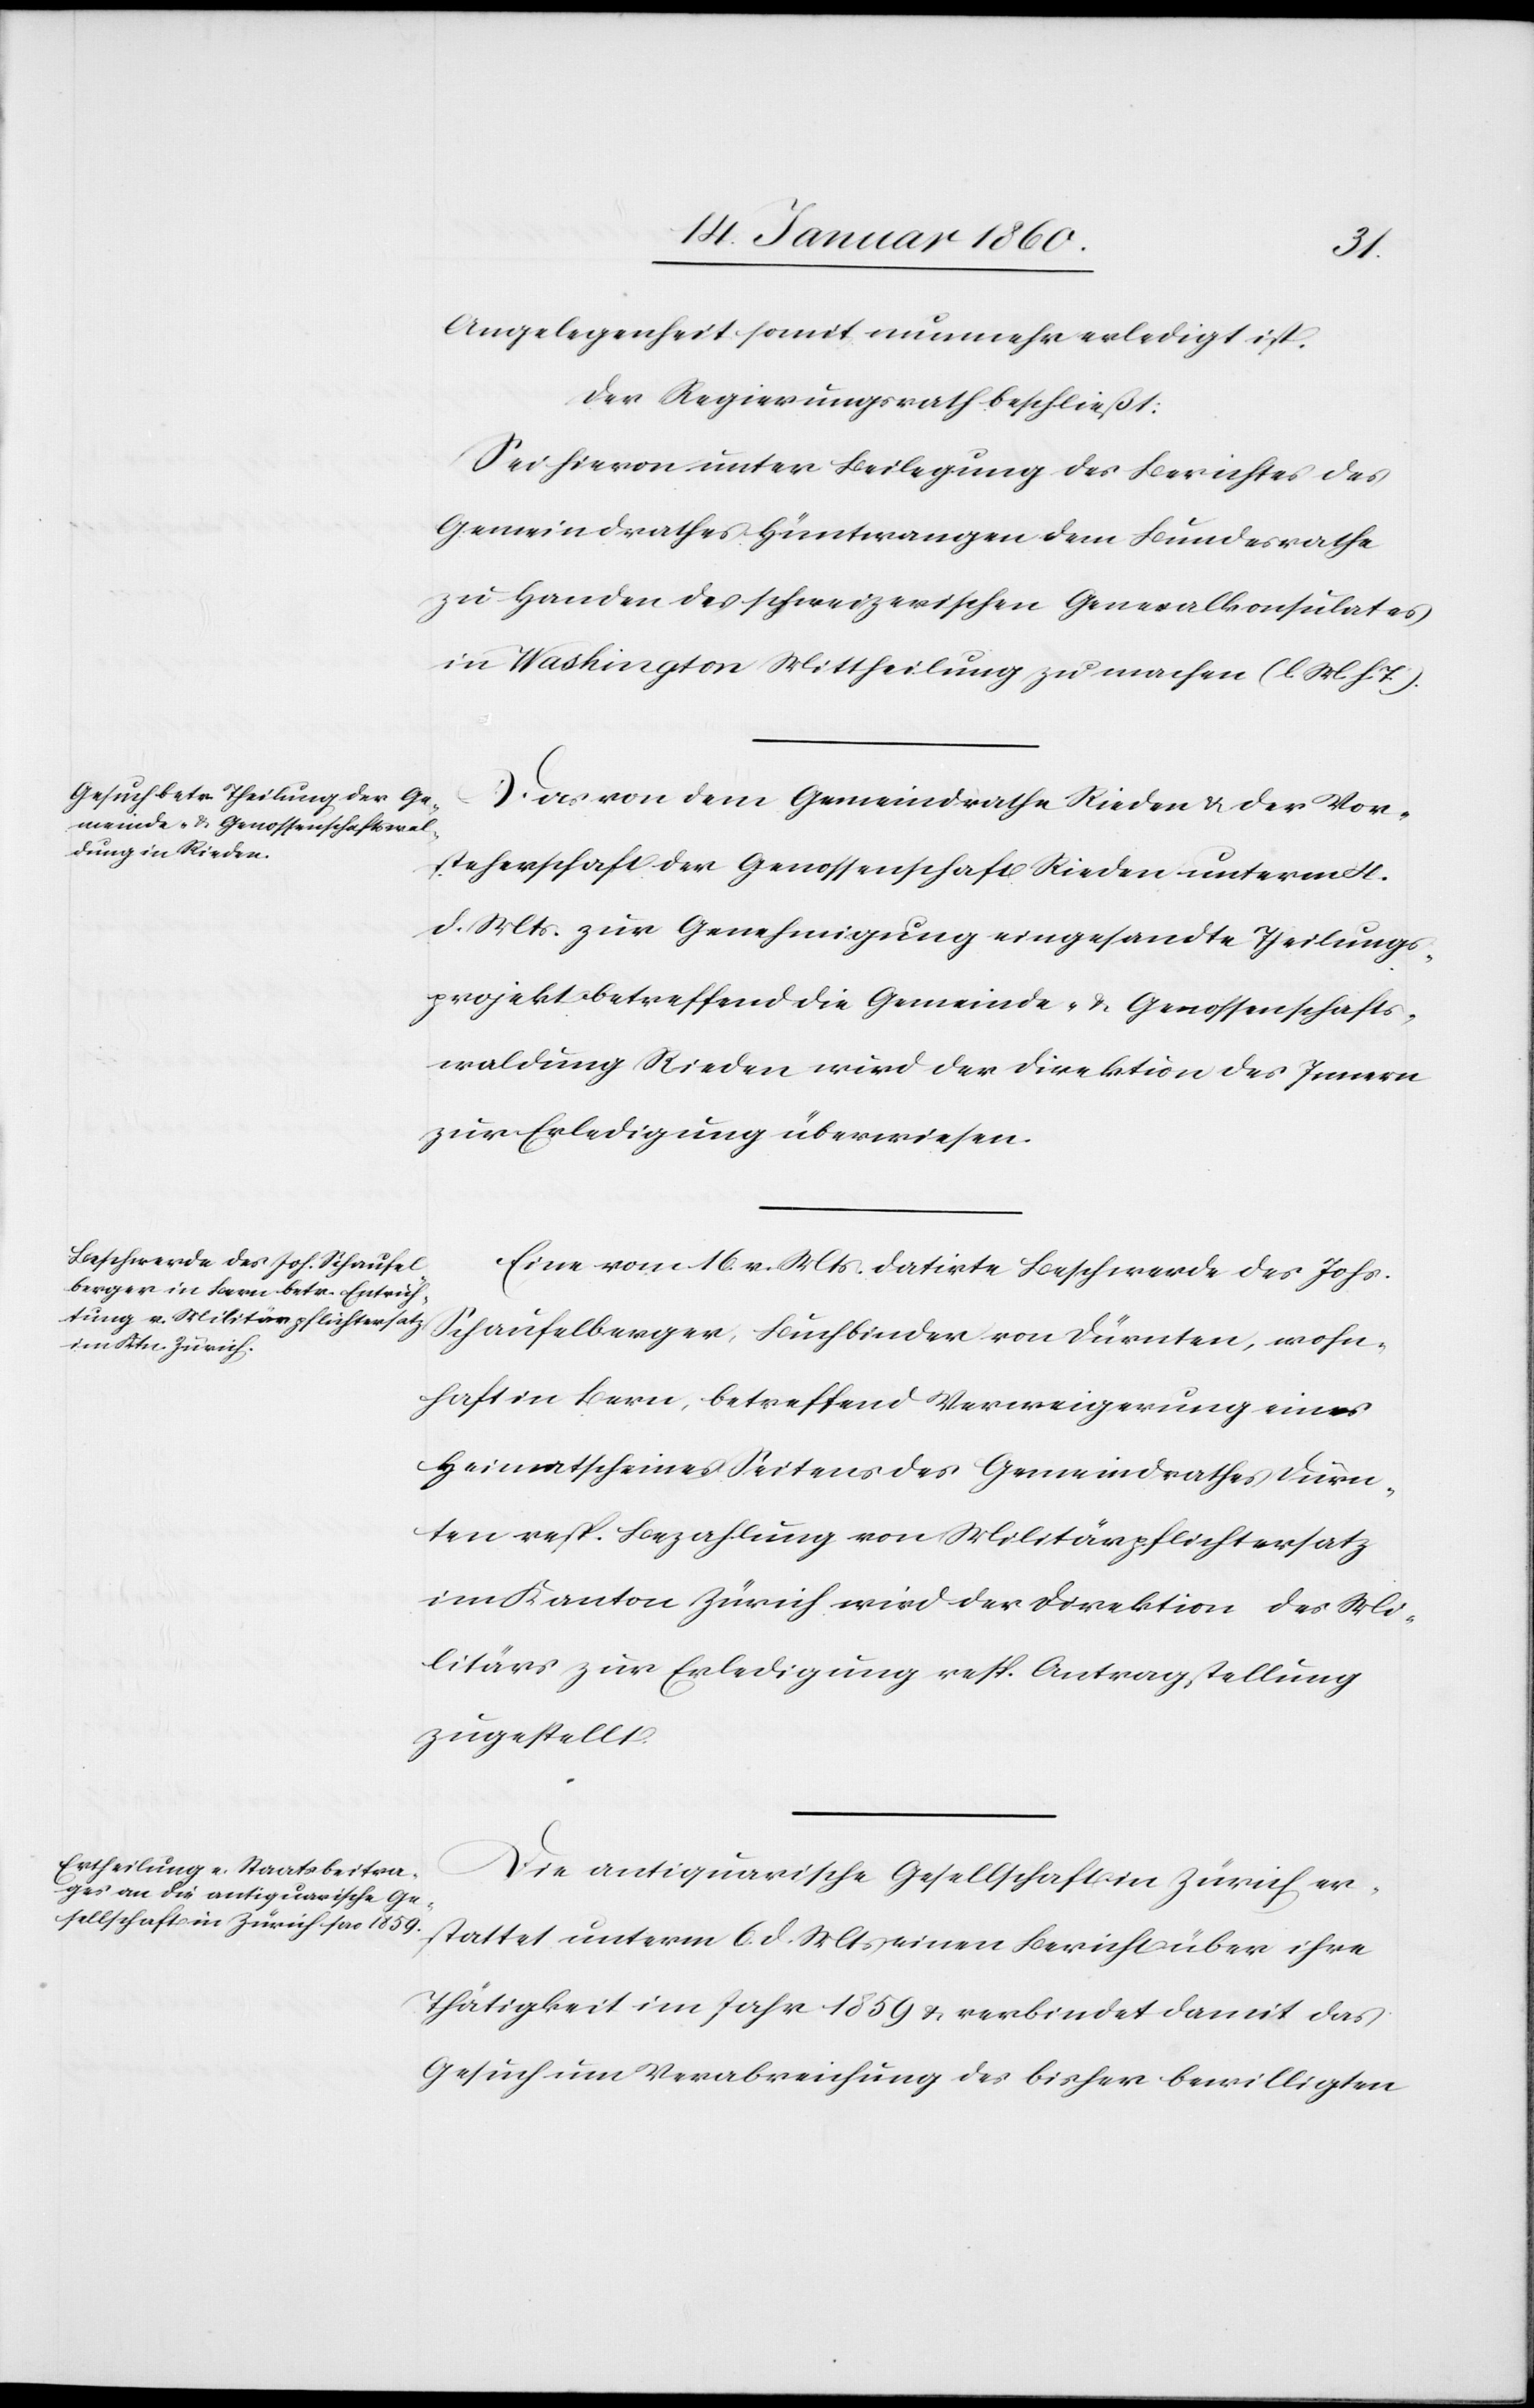
Angelegenheit somit nunmehr erledigt ist.
Der Regierungsrath beschließt:
Sei hiervon unter Beilegung des Berichtes des
Gemeindrathes Hüntwangen dem Bundesrathe
zu Handen des schweizerischen Generalkonsulates
in Washington Mittheilung zu machen. [l. M. v.
Das von dem Gemeindrathe Rieden u. der Vor¬
steherschaft der Genossenschaft Rieden unterm 4.
d. Mts. zur Genehmigung eingesandte Theilungs¬
projekt betreffend die Gemeinde- u. Genossenschafts¬
waldung Rieden wird der Direktion des Innern
zur Erledigung überwiesen.
Eine vom 16. v. Mts. datirte Beschwerde des Johs.
Schaufelberger, Buchbinder von Dürnten, wohn¬
haft in Bern, betreffend Verweigerung eines
Heimathscheines v. Seitens des Gemeindrathes Dürn¬
ten resp. Bezahlung von Militärpflichtersatz
im Kanton Zürich wird der Direktion des Mi¬
litärs zur Erledigung resp. Antragstellung
zugestellt.
Die antiquarische Gesellschaft in Zürich er¬
stattet unterm 6. d. Mts. einen Bericht über ihre
Thätigkeit im Jahr 1859. u. verbindet damit das
Gesuch um Verabreichung des bisher bewilligten